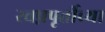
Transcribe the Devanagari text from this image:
स्वप्नपूर्तीच्या